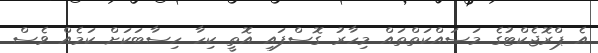
އެ ޕްރޮޖެކްޓުގެ މަސައްކަތްތައް މިހާރު ގޮސްފައި އޮތީ ކިހާ ހިސާބަކަށް ކަމެއް ވެސް